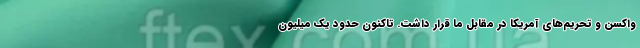
واکسن و تحریم‌های آمریکا در مقابل ما قرار داشت. تاکنون حدود یک میلیون